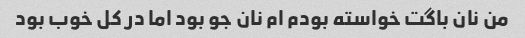
من نان باگت خواسته بودم ام نان جو بود اما در کل خوب بود